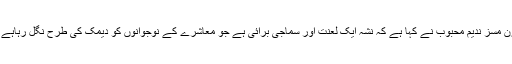
18 اپریل2018ء)بیگم کمشنر سرگودہا ڈویژن مسز ندیم محبوب نے کہا ہے کہ نشہ ایک لعنت اور سماجی برائی ہے جو معاشرے کے نوجوانوں کو دیمک کی طرح نگل رہاہے اور ملک کی بنیادوں کو کھوکھلاکر رہاہے ۔